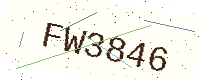
Text: FW3846